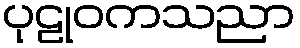
ပုဠုဝကသညာ